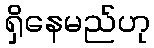
ရှိနေမည်ဟု